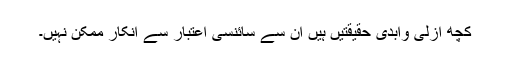
کچھ ازلی وابدی حقیقتیں ہیں ان سے سائنسی اعتبار سے انکار ممکن نہیں۔